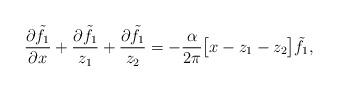
LaTeX: \begin{align*} \frac{\partial \tilde{f}_1}{\partial x} + \frac{\partial \tilde{f}_1}{z_1} + \frac{\partial \tilde{f}_1}{ z_2} = - \frac{\alpha}{2 \pi}\big[ x - z_1 - z_2 \big] \tilde{f}_1 ,\end{align*}